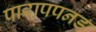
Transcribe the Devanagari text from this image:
पारापपनड